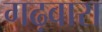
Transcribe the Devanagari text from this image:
गढ़वारा